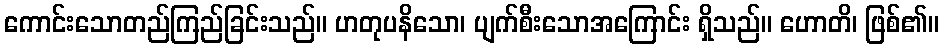
ကောင်းသောတည်ကြည်ခြင်းသည်။ ဟတုပနိသော၊ ပျက်စီးသောအကြောင်း ရှိသည်။ ဟောတိ၊ ဖြစ်၏။